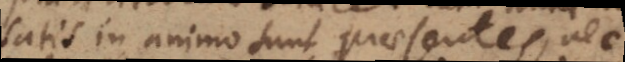
satis in animo sunt praesentes, nec